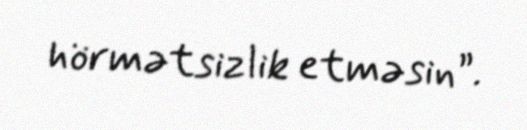
hörmətsizlik etməsin”.